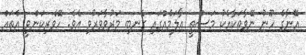
އޭނާގެ ހޫނު ނޭވާތަކާއެކު މަސްތީ އާލަމެއްގައި ގެނބި މަރުވާވަރުވި އެވެ. ހޭވެރިކަންވީ އެތައް